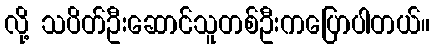
လို့ သပိတ်ဦးဆောင်သူတစ်ဦးကပြောပါတယ်။